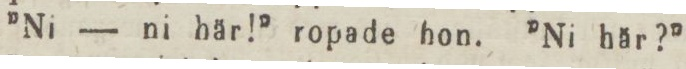
”Ni — ni här!” ropade hon. ”Ni här?”